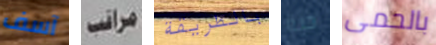
آسف مراقب بالطريقة حية بالحمى